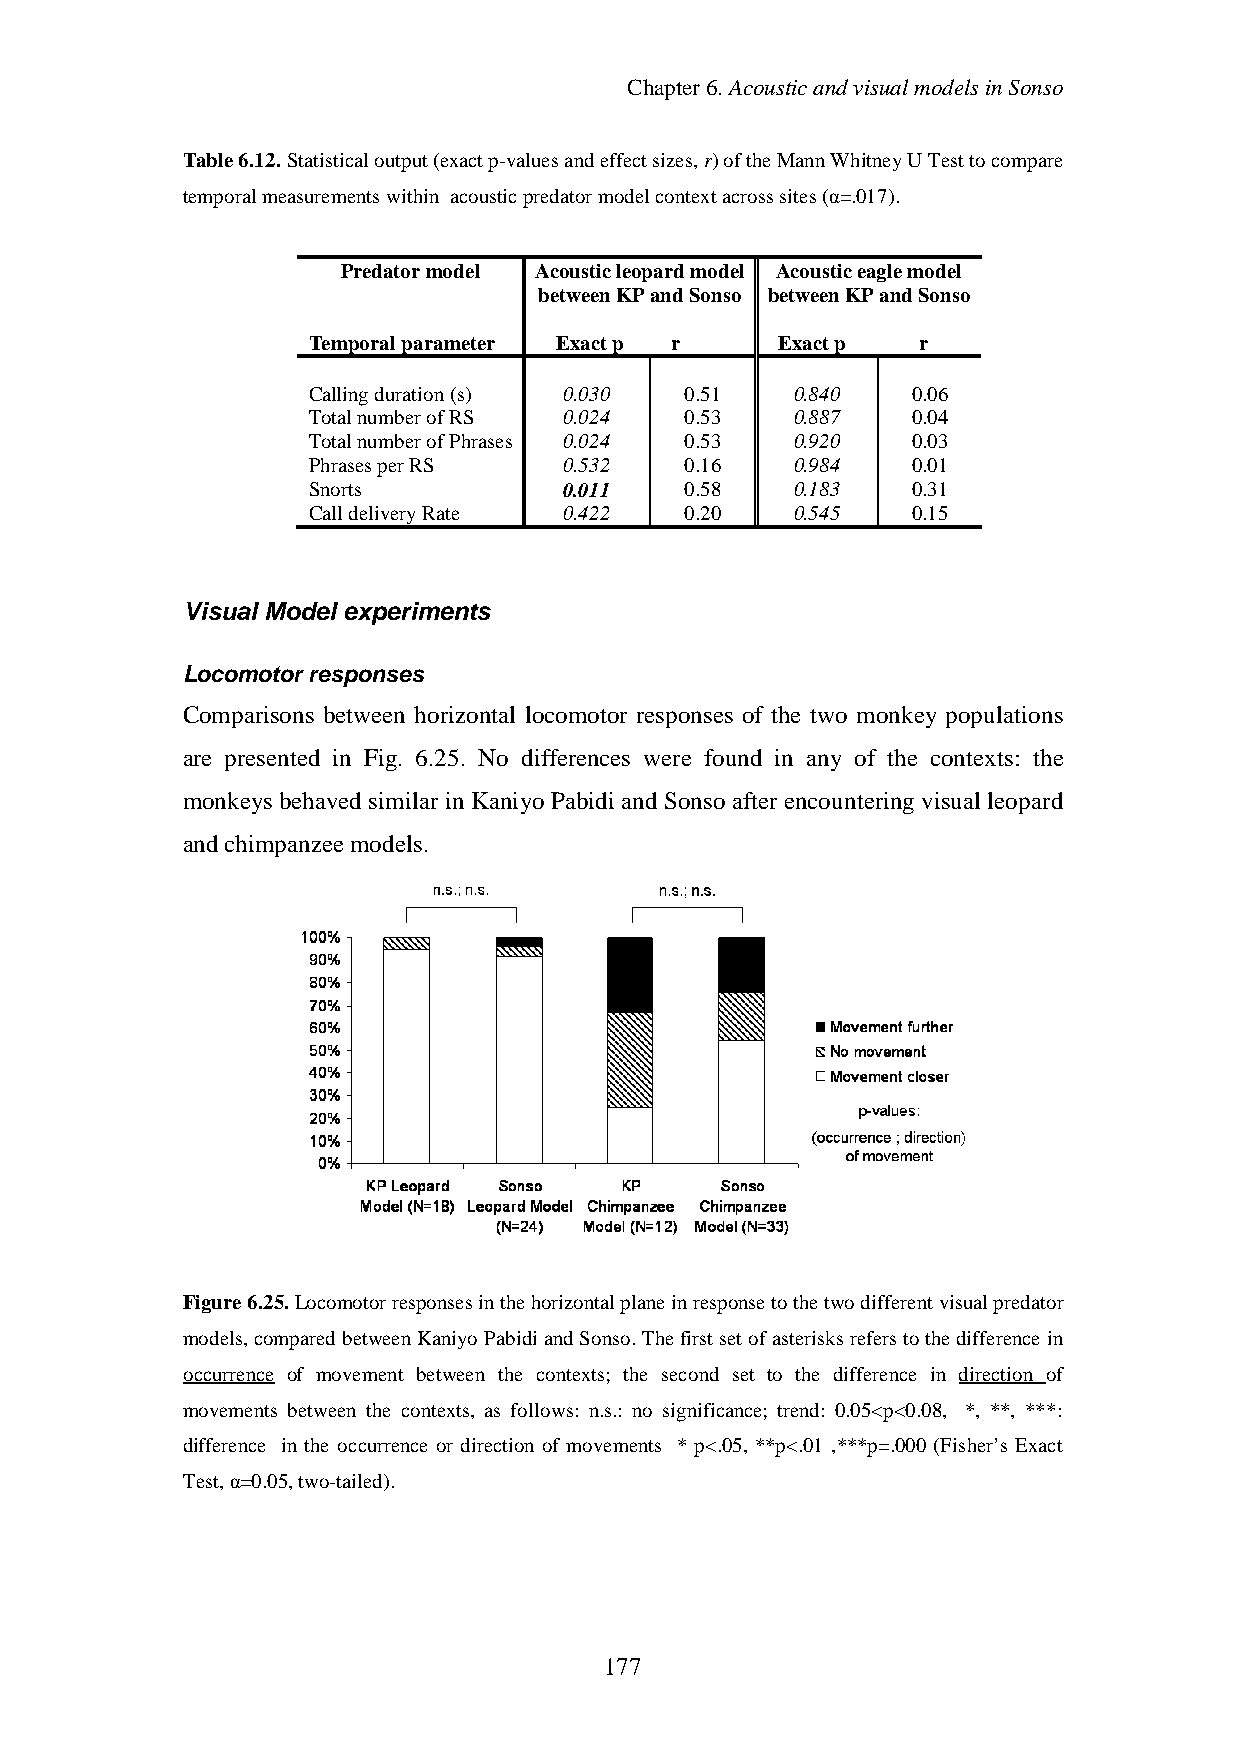
Chapter6.AcousticandvisualmodelsinSonso
 Table6.12. Statisticaloutput(exactp-valuesandeffectsizes,r)oftheMannWhitneyUTesttocompare
 temporalmeasurementswithin acousticpredatormodelcontextacrosssites(α=.017).
 Predatormodel Acousticleopardmodel Acousticeaglemodel
 betweenKPandSonso betweenKPandSonso
 Temporalparameter Exactp r     Exactp    r
 Callingduration(s) 0.030 0.51    0.840  0.06
 TotalnumberofRS  0.024   0.53    0.887  0.04
 TotalnumberofPhrases 0.024 0.53  0.920  0.03
 PhrasesperRS     0.532   0.16    0.984  0.01
 Snorts           0.011   0.58    0.183  0.31
 CalldeliveryRate 0.422   0.20    0.545  0.15
 Visual Model experiments
 Locomotor responses
 Comparisons between horizontal locomotor responses of the two monkey populations
 are presented in Fig. 6.25. No differences were found in any of the contexts: the
 monkeys behaved similar in Kaniyo Pabidi and Sonso after encounteringvisual leopard
 andchimpanzeemodels.
 Figure6.25.Locomotorresponsesinthehorizontalplaneinresponsetothetwodifferentvisualpredator
 models,comparedbetweenKaniyoPabidiandSonso.Thefirstsetofasterisksreferstothedifferencein
 occurrence of movement between the contexts; the second set to the difference in direction of
 movements between the contexts, as follows: n.s.: no significance; trend: 0.05<p<0.08, *, **, ***:
 difference in the occurrence or direction of movements * p<.05, **p<.01 ,***p=.000 (Fisher’s Exact
 Test,α=0.05,two-tailed).
 177